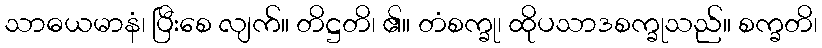
သာဓယမာနံ၊ ပြီးစေ လျက်။ တိဋ္ဌတိ၊ ၏။ တံစက္ခု၊ ထိုပသာဒစက္ခုသည်။ စက္ခတိ၊